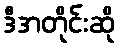
ဒီအတိုင်းဆို